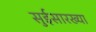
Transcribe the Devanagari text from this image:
सुईसारख्या